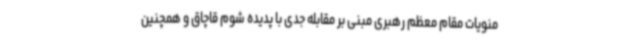
منویات مقام معظم رهبری مبنی بر مقابله جدی با پدیده شوم قاچاق و همچنین